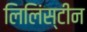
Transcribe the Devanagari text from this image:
लिलिंस्टीन